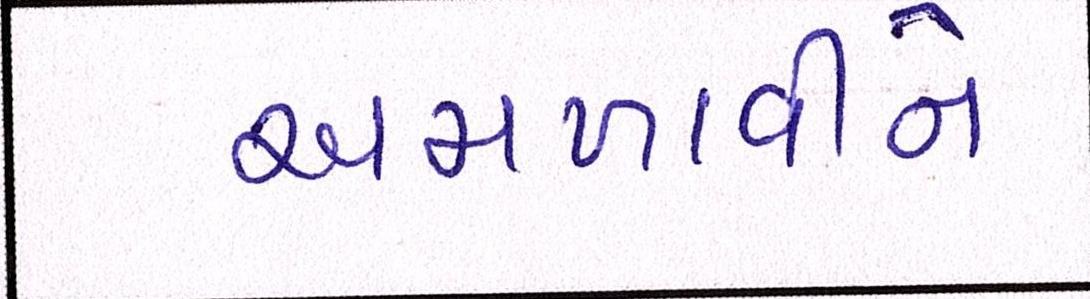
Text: અમળાવીને